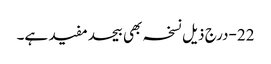
22-درج ذیل نسخہ بھی بیحدمفید ہے۔